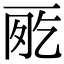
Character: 𠀸